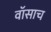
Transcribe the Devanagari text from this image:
वॉसाच